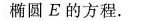
椭圆E的方程。